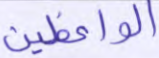
الواعظين